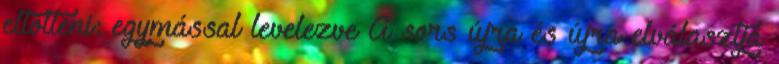
eltölteni: egymással levelezve A sors újra és újra elválasztja